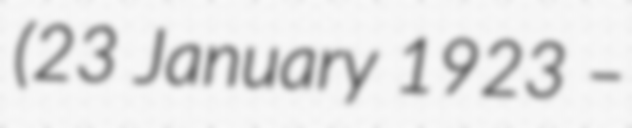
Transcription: (23 January 1923 –